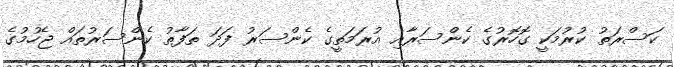
ކަސްރަތު ކުރުމަކީ ގޮހޮރުގެ ކެންސަރާއި އުރަމަތީގެ ކެންސަރު ފަދަ ތަފާތު ކެންސަރުތައް ޖެހުމުގެ